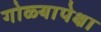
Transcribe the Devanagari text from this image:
गोळ्यापेक्षा